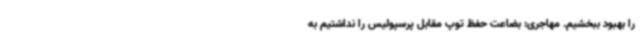
را بهبود ببخشیم. مهاجری: بضاعت حفظ توپ مقابل پرسپولیس را نداشتیم به